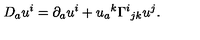
D _ { a } u ^ { i } = \partial _ { a } u ^ { i } + u _ { a } { } ^ { k } \Gamma ^ { i } { } _ { j k } u ^ { j } .